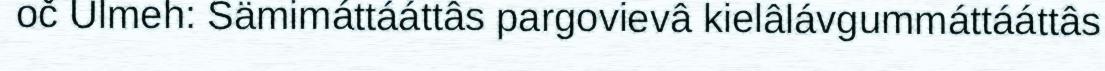
oč Ulmeh: Sämimáttááttâs pargovievâ kielâlávgummáttááttâs